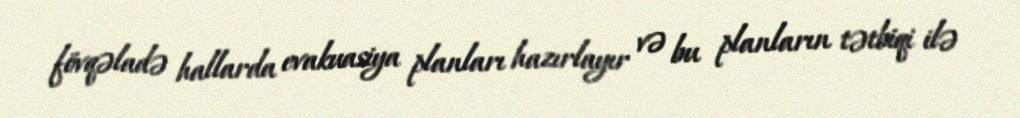
fövqəladə hallarda evakuasiya planları hazırlayır və bu planların tətbiqi ilə